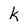
Character: k